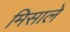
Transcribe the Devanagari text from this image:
मिसाले